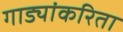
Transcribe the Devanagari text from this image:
गाड्यांकरिता